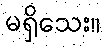
မရှိသေး။